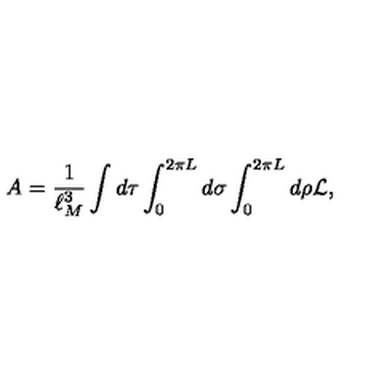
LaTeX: A = { \frac { 1 } { \ell _ { M } ^ { 3 } } } \int d \tau \int _ { 0 } ^ { 2 \pi L } d \sigma \int _ { 0 } ^ { 2 \pi L } d \rho { \cal L } ,